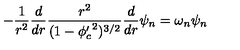
- \frac { 1 } { r ^ { 2 } } \frac { d } { d r } \frac { r ^ { 2 } } { ( 1 - { \phi _ { c } ^ { \prime } } ^ { 2 } ) ^ { 3 / 2 } } \frac { d } { d r } \psi _ { n } = \omega _ { n } \psi _ { n }